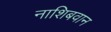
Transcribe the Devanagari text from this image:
नाशिबवान